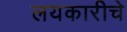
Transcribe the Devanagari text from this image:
लयकारीचे